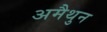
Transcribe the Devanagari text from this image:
अमैथुन